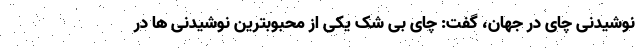
نوشیدنی چای در جهان، گفت: چای بی شک یکی از محبوبترین نوشیدنی ها در